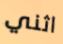
اثني